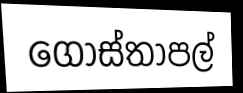
ගොස්තාපල්